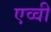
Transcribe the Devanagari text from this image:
एव्वी